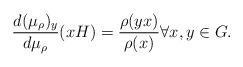
LaTeX: \begin{align*} \frac{d (\mu_{\rho})_y}{d \mu_{\rho}}(xH) = \frac{\rho(yx)}{\rho(x)} \forall x,y \in G. \end{align*}